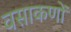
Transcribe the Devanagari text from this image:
वसाकणों